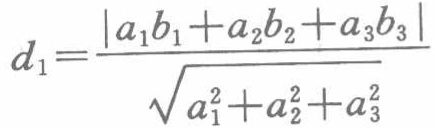
\[d_{1}=\frac{\left|a_{1}b_{1}+a_{2}b_{2}+a_{3}b_{3}\right|}{\sqrt{a_{1}^{2}+a_{2}^{2}+a_{3}^{2}}}\]